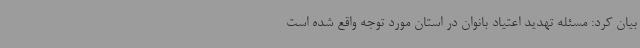
بیان کرد: مسئله تهدید اعتیاد بانوان در استان مورد توجه واقع شده است